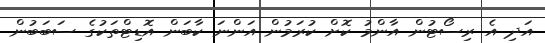
އަދި އެ ރިސޯޓުން އާންމު ކޮށް ކުރަމުން އަންނަ ކާބަން އޮޑިޓްތަކުގެ ސަބަބުން